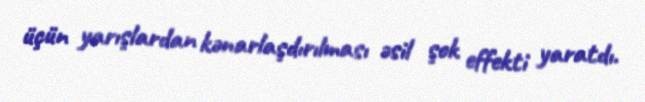
üçün yarışlardan kənarlaşdırılması əsil şok effekti yaratdı.